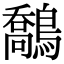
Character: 鷮